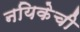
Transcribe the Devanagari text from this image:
नयिकेची